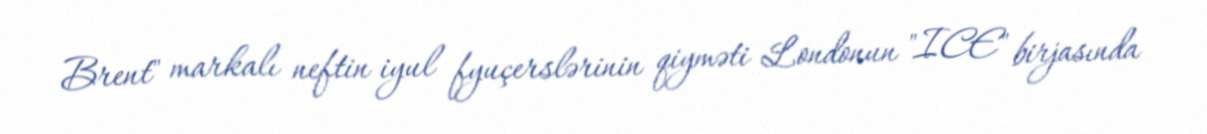
Brent" markalı neftin iyul fyuçerslərinin qiyməti Londonun "ICE" birjasında